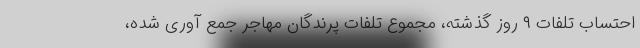
احتساب تلفات ۹ روز گذشته، مجموع تلفات پرندگان مهاجر جمع آوری شده،